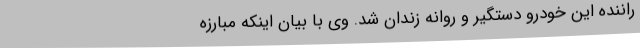
راننده این خودرو دستگیر و روانه زندان شد. وی با بیان اینکه مبارزه